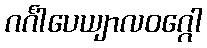
ဂင်္ဂါပေယျာလဝဂ္ဂေါ